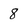
Character: 8